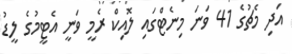
އަދި މެޗުގެ 41 ވަނަ މިނެޓްގައި ލޮއިކް ރެމީ ވަނީ އެޓީމުގެ ލީޑު